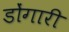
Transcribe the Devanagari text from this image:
डोंगारी